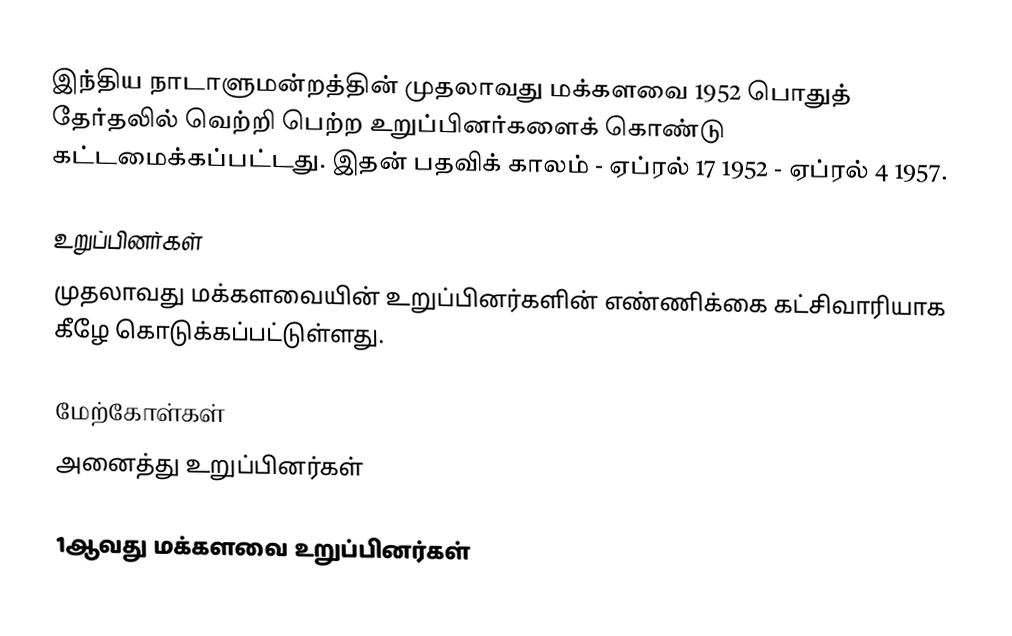
இந்திய நாடாளுமன்றத்தின் முதலாவது மக்களவை 1952 பொதுத் தேர்தலில் வெற்றி பெற்ற உறுப்பினர்களைக் கொண்டு கட்டமைக்கப்பட்டது. இதன் பதவிக் காலம் - ஏப்ரல் 17 1952 - ஏப்ரல் 4 1957.

உறுப்பினர்கள்
முதலாவது மக்களவையின் உறுப்பினர்களின் எண்ணிக்கை கட்சிவாரியாக கீழே கொடுக்கப்பட்டுள்ளது.

மேற்கோள்கள்
அனைத்து உறுப்பினர்கள்

1ஆவது மக்களவை உறுப்பினர்கள்